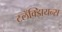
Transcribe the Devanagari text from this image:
टलॅक्झियन्स